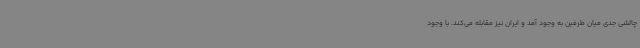
چالشی جدی میان طرفین به وجود آمد و ایران نیز مقابله می‌کند. با وجود